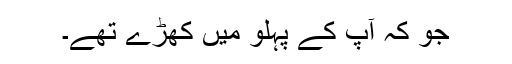
جو کہ آپ کے پہلو میں کھڑے تھے۔